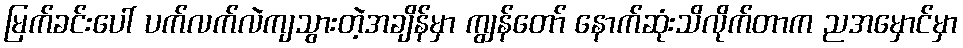
မြက်ခင်းပေါ် ပက်လက်လဲကျသွားတဲ့အချိန်မှာ ကျွန်တော် နောက်ဆုံးသိလိုက်တာက ညအမှောင်မှာ